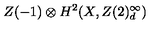
Z ( - 1 ) \otimes { } H ^ { 2 } ( X , Z ( 2 ) _ { d } ^ { \infty } )